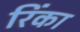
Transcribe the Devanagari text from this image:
रिंका